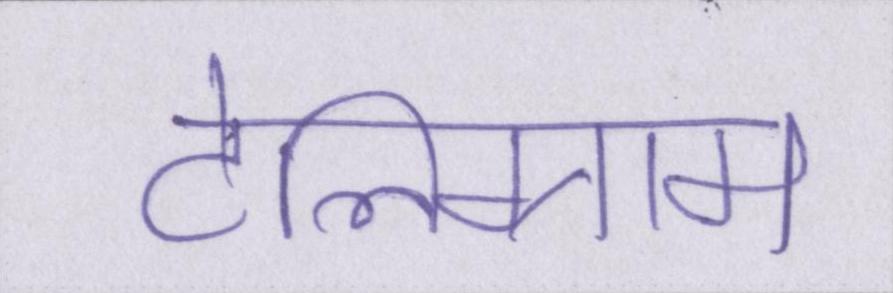
टेलिग्राम